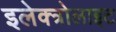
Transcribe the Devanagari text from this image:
इलेक्त्रोलाइट